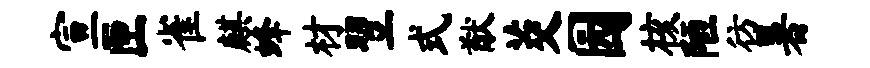
宣匣雀麒蜂材翌式猷茭园核陋彷暑